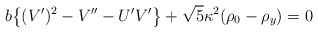
\begin{align*}b\big\{(V')^2-V''-U'V'\big\}+\sqrt{5}\kappa^2(\rho_0-\rho_y)=0\end{align*}